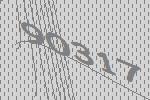
90317